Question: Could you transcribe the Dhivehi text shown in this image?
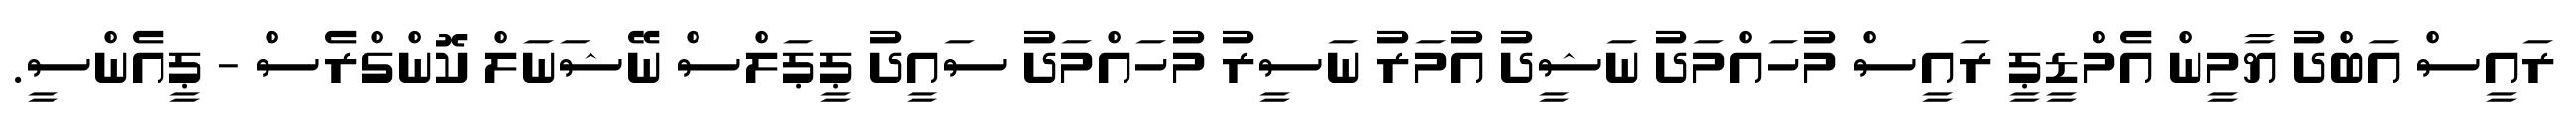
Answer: ރައީސް އަބްދު ޔާމީން އެމްޑީޕީ ރައީސް މުހައްމަދު ނަޝީދު އުމަރު ނަސީރު މުހައްމަދު ސައީދު ޕީޕަލްސް ނޭޝަނަލް ކޮންގްރެސް - ޕީއެންސީ.